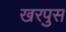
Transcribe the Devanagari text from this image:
खरपुस